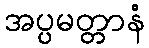
အပ္ပမတ္တာနံ